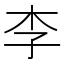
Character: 李